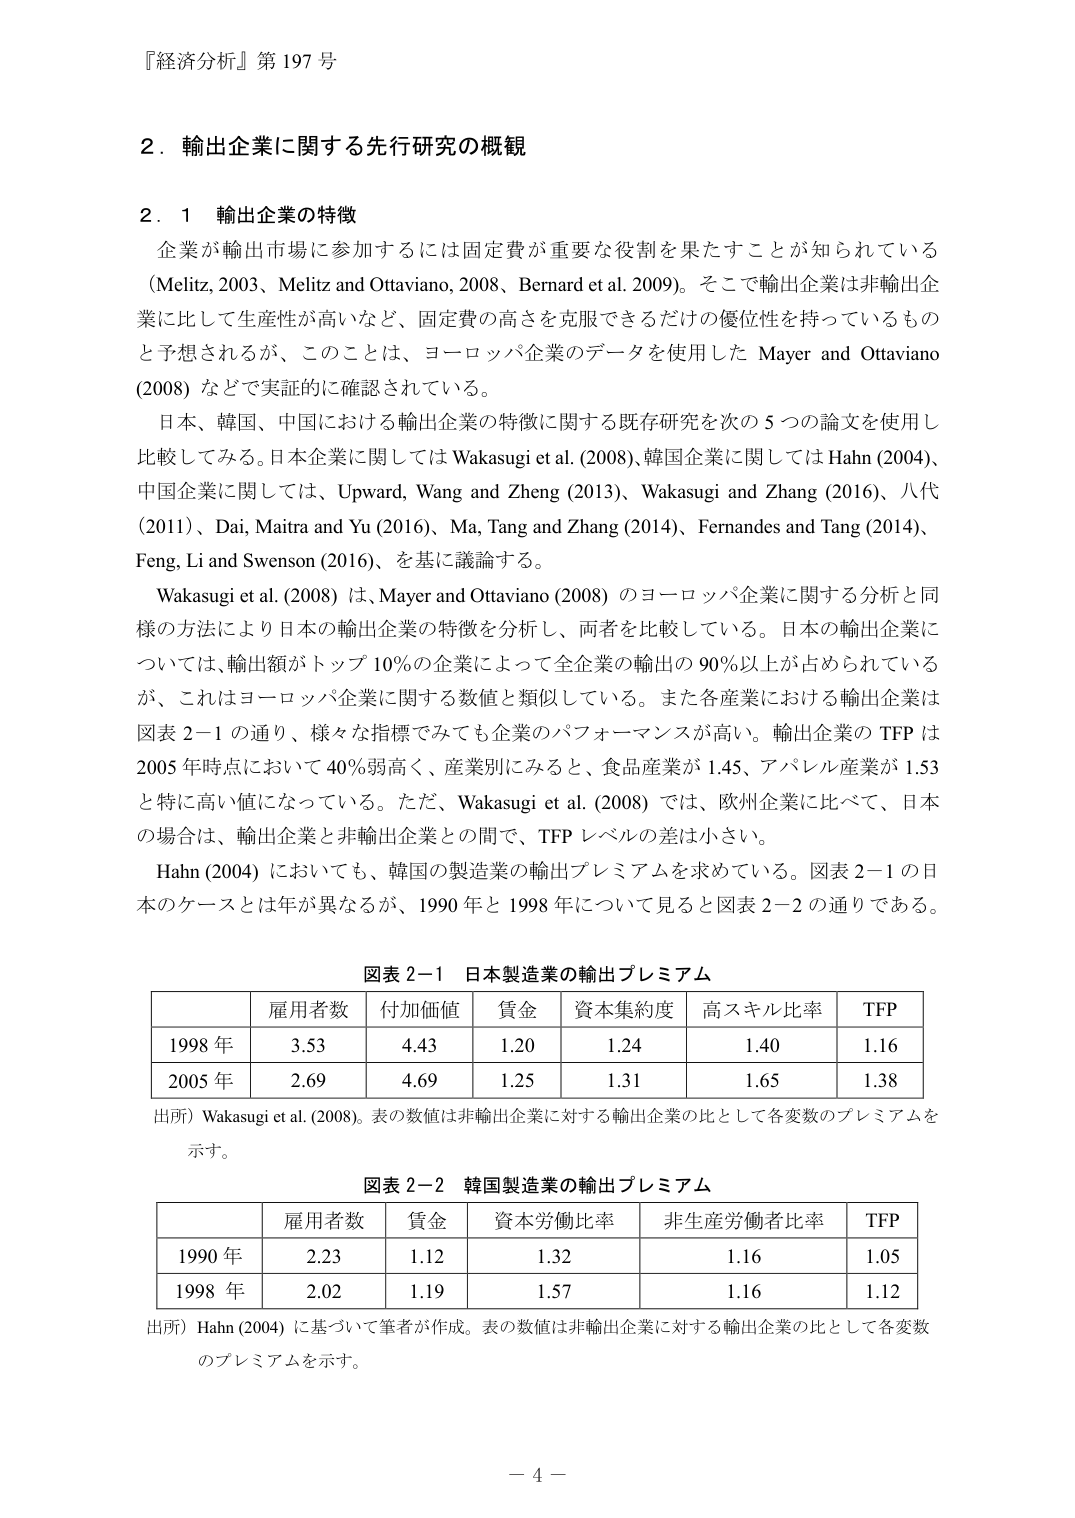
『経済分析』第197号

2．輸出企業に関する先行研究の概観

2．1 輸出企業の特徴
企業が輸出市場に参加するには固定費が重要な役割を果たすことが知られている（Melitz, 2003、Melitz and Ottaviano, 2008、Bernard et al. 2009）。そこで輸出企業は非輸出企業に比して生産性が高いなど、固定費の高さを克服できるだけの優位性を持っているものと予想されるが、このことは、ヨーロッパ企業のデータを使用した Mayer and Ottaviano (2008) などで実証的に確認されている。

日本、韓国、中国における輸出企業の特徴に関する既存研究を次の5つの論文を使用し比較してみる。日本企業に関しては Wakasugi et al. (2008)、韓国企業に関しては Hahn (2004)、中国企業に関しては、Upward, Wang and Zheng (2013)、Wakasugi and Zhang (2016)、八代 (2011)、Dai, Maitra and Yu (2016)、Ma, Tang and Zhang (2014)、Fernandes and Tang (2014)、Feng, Li and Swenson (2016)、を基に議論する。

Wakasugi et al. (2008) は、Mayer and Ottaviano (2008) のヨーロッパ企業に関する分析と同様の方法により日本の輸出企業の特徴を分析し、両者を比較している。日本の輸出企業については、輸出額がトップ10%の企業によって全企業の輸出の90%以上が占められているが、これはヨーロッパ企業に関する数値と類似している。また各産業における輸出企業は図表2-1の通り、様々な指標でみても企業のパフォーマンスが高い。輸出企業のTFPは2005年時点において40%弱高く、産業別にみると、食品産業が1.45、アパレル産業が1.53と特に高い値になっている。ただ、Wakasugi et al. (2008) では、欧州企業に比べて、日本の場合は、輸出企業と非輸出企業との間で、TFPレベルの差は小さい。

Hahn (2004) においても、韓国の製造業の輸出プレミアムを求めている。図表2-1の日本のケースとは年が異なるが、1990年と1998年について見ると図表2-2の通りである。

図表2-1 日本製造業の輸出プレミアム
| | 雇用者数 | 付加価値 | 賃金 | 資本集約度 | 高スキル比率 | TFP |
|---|---|---|---|---|---|---|
| 1998年 | 3.53 | 4.43 | 1.20 | 1.24 | 1.40 | 1.16 |
| 2005年 | 2.69 | 4.69 | 1.25 | 1.31 | 1.65 | 1.38 |

出所）Wakasugi et al. (2008)。表の数値は非輸出企業に対する輸出企業の比として各変数のプレミアムを示す。

図表2-2 韓国製造業の輸出プレミアム
| | 雇用者数 | 賃金 | 資本労働比率 | 非生産労働者比率 | TFP |
|---|---|---|---|---|---|
| 1990年 | 2.23 | 1.12 | 1.32 | 1.16 | 1.05 |
| 1998年 | 2.02 | 1.19 | 1.57 | 1.16 | 1.12 |

出所）Hahn (2004) に基づいて筆者が作成。表の数値は非輸出企業に対する輸出企業の比として各変数のプレミアムを示す。

－4－